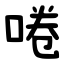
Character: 啳